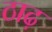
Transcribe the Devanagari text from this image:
ठाढ़